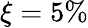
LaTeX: \xi=5\%